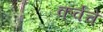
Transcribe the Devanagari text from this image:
कर्वेचे